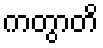
ကတွာတိ